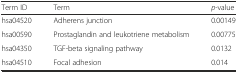
<table><thead><tr><td><b>Term ID</b></td><td><b>Term</b></td><td><b><i>p</i>-value</b></td></tr></thead><tbody><tr><td>hsa04520</td><td>Adherens junction</td><td>0.00149</td></tr><tr><td>hsa00590</td><td>Prostaglandin and leukotriene metabolism</td><td>0.00775</td></tr><tr><td>hsa04350</td><td>TGF-beta signaling pathway</td><td>0.0132</td></tr><tr><td>hsa04510</td><td>Focal adhesion</td><td>0.014</td></tr></tbody></table>